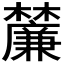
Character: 𭬴